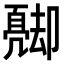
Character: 𠨦